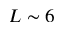
L \sim 6